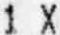
1 X